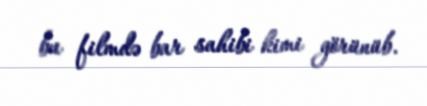
bu filmdə bar sahibi kimi görünüb.